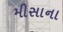
મીસાના